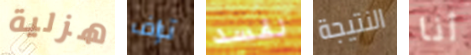
هزلية تراف نفسد النتيجة أنا